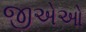
જીએઓ